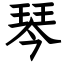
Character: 琴